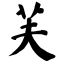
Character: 芙